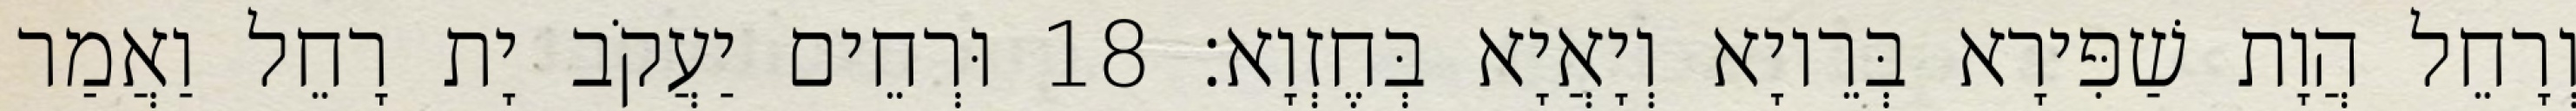
וְרָחֵל הֲוָת שַׁפִּירָא בְּרֵיוָא וְיָאֲיָא בְּחֶזְוָא׃ 18 וּרְחֵים יַעֲקֹב יָת רָחֵל וַאֲמַר